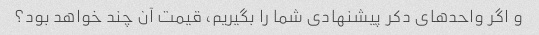
و اگر واحدهای دکر پیشنهادی شما را بگیریم، قیمت آن چند خواهد بود؟